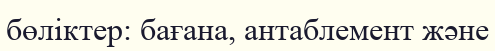
бөліктер: бағана, антаблемент және